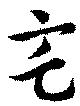
宅